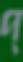
প্